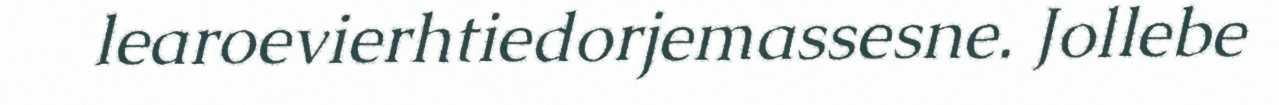
learoevierhtiedorjemassesne. Jollebe